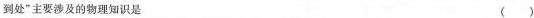
到处”主要涉及的物理知识是 ( )